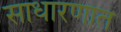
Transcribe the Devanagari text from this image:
साधारणात